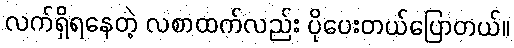
လက်ရှိရနေတဲ့ လစာထက်လည်း ပိုပေးတယ်ပြောတယ်။